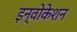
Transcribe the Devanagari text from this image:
इन्वोकेशन